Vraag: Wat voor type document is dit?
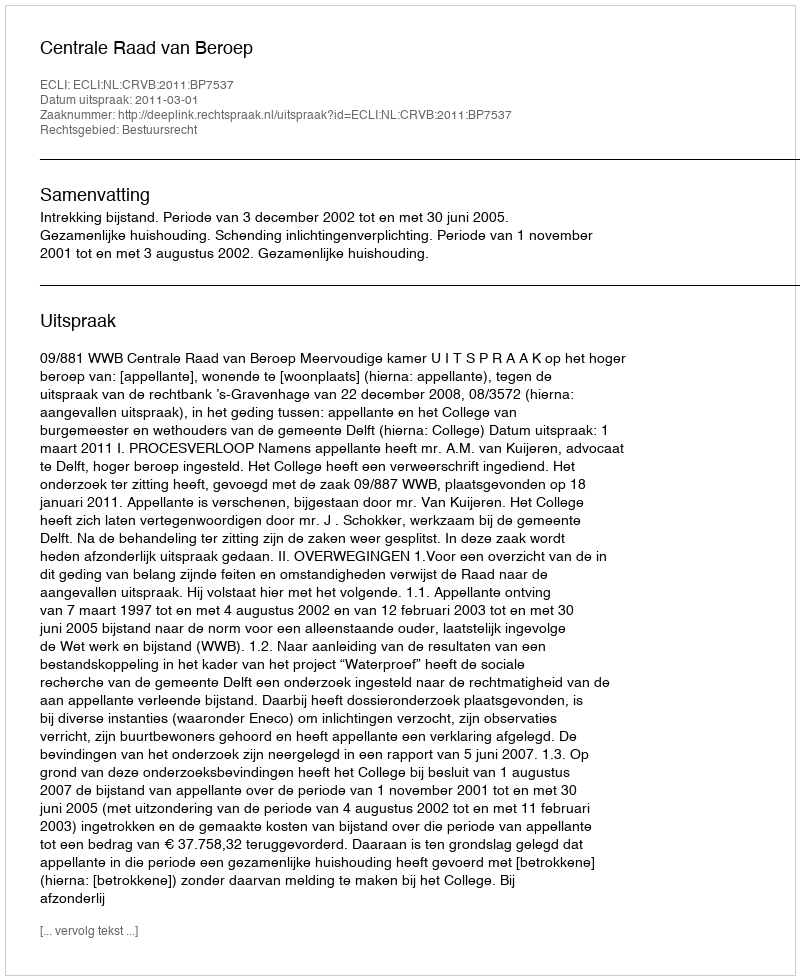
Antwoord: Uitspraak